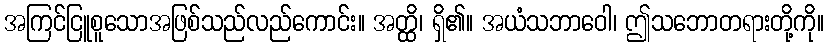
အကြင်ငြူစူသောအဖြစ်သည်လည်ကောင်း။ အတ္ထိ၊ ရှိ၏။ အယံသဘာဝေါ၊ ဤသဘောတရားတို့ကို။